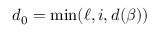
d _ { 0 } = \operatorname* { m i n } ( \ell , i , d ( \beta ) )